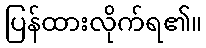
ပြန်ထားလိုက်ရ၏။